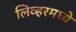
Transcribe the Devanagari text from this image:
लिव्हरमध्ये